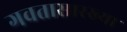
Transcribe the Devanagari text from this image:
गवतासारख्या